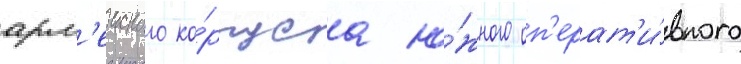
арм'еиского ко́рпуса ю́жного оп'ерат'и́вного